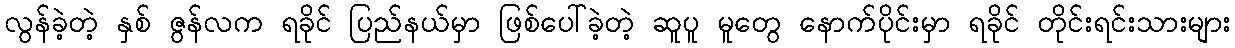
လွန်ခဲ့တဲ့ နှစ် ဇွန်လက ရခိုင် ပြည်နယ်မှာ ဖြစ်ပေါ်ခဲ့တဲ့ ဆူပူ မူတွေ နောက်ပိုင်းမှာ ရခိုင် တိုင်းရင်းသားများ